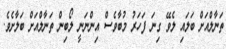
ތަނާލްއަށް ބަލައި ލެވޭ ގިނަ ފަހަރު މުބާވެސް އިންނަނީ ލޯބިން ތަނާލްއަށް ބަލާށެވެ.